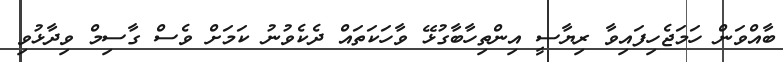
ބާއްވަން ހަމަޖެހިފައިވާ ރިޔާސީ އިންތިހާބާގުޅޭ ވާހަކަތައް ދެކެވުނު ކަމަށް ވެސް ގާސިމް ވިދާޅުވި